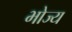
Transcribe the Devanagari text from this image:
भोज्‍य